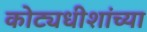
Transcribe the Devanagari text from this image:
कोट्यधीशांच्या